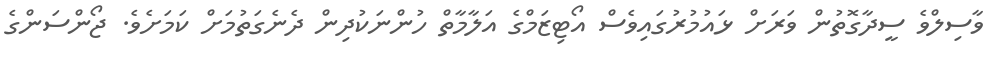
ވާސިލްވެ ސީދާގޮތުން ވަރަށް ޅައުމުރުގައިވެސް އޯޓިޒަމްގެ އަލާމާތް ހުންނަކުދިން ދެނެގަތުމަށް ކަމަށެވެ. ޖޯންސަންގެ